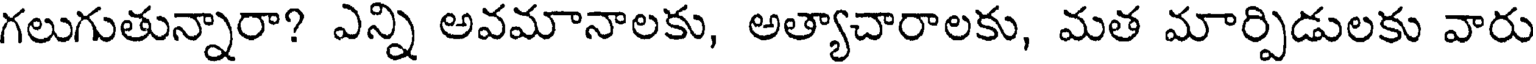
గలుగుతున్నారా? ఎన్ని అవమానాలకు, అత్యాచారాలకు, మత మార్పిడులకు వారు